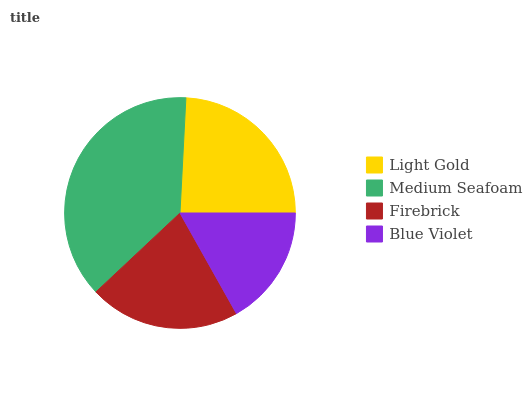
| Light Gold | Medium Seafoam | Firebrick | Blue Violet |
 | --- | --- | --- | --- |
 | 24.2% | 37.8% | 21.1% | 16.9% |